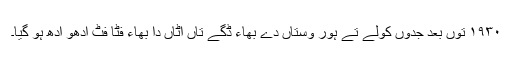
١٩٣٠ توں بعد جدوں کولے تے ہور وستاں دے بھاء ڈگے تاں اٹاں دا بھاء فٹا فٹ ادھو ادھ ہو گیا۔